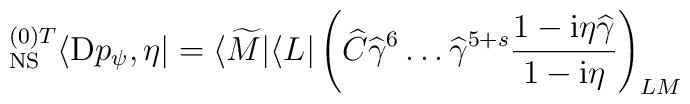
{}^{(0) T}_{\rm NS} \langle {\rm D}p_{\psi} , \eta | = \langle\widetilde M | \langle L | \left( \widehat C {\widehat{\gamma}}^{6}\dots {\widehat{\gamma}}^{5+s}  \frac{1 - {\rm i}\eta\widehat\gamma}{1- {\rm i}\eta}   \right)_{LM}